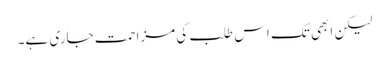
لیکن ابھی تک اس طلب کی مزاحمت جاری ہے۔